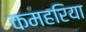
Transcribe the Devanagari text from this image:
कमहरिया